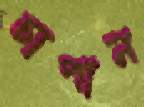
চাপান